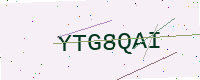
Text: YTG8QAI